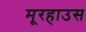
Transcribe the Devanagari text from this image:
मूरहाउस